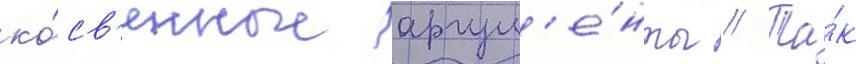
ко́св'енные аргум'е́нты // Та́к